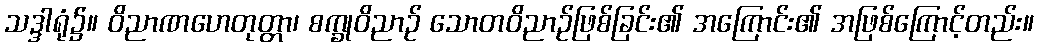
သဒ္ဒါရုံ၌။ ဝိညာဏဟေတုတ္တာ၊ စက္ခုဝိညာဉ် သောတဝိညာဉ်ဖြစ်ခြင်း၏ အကြောင်း၏ အဖြစ်ကြောင့်တည်း။